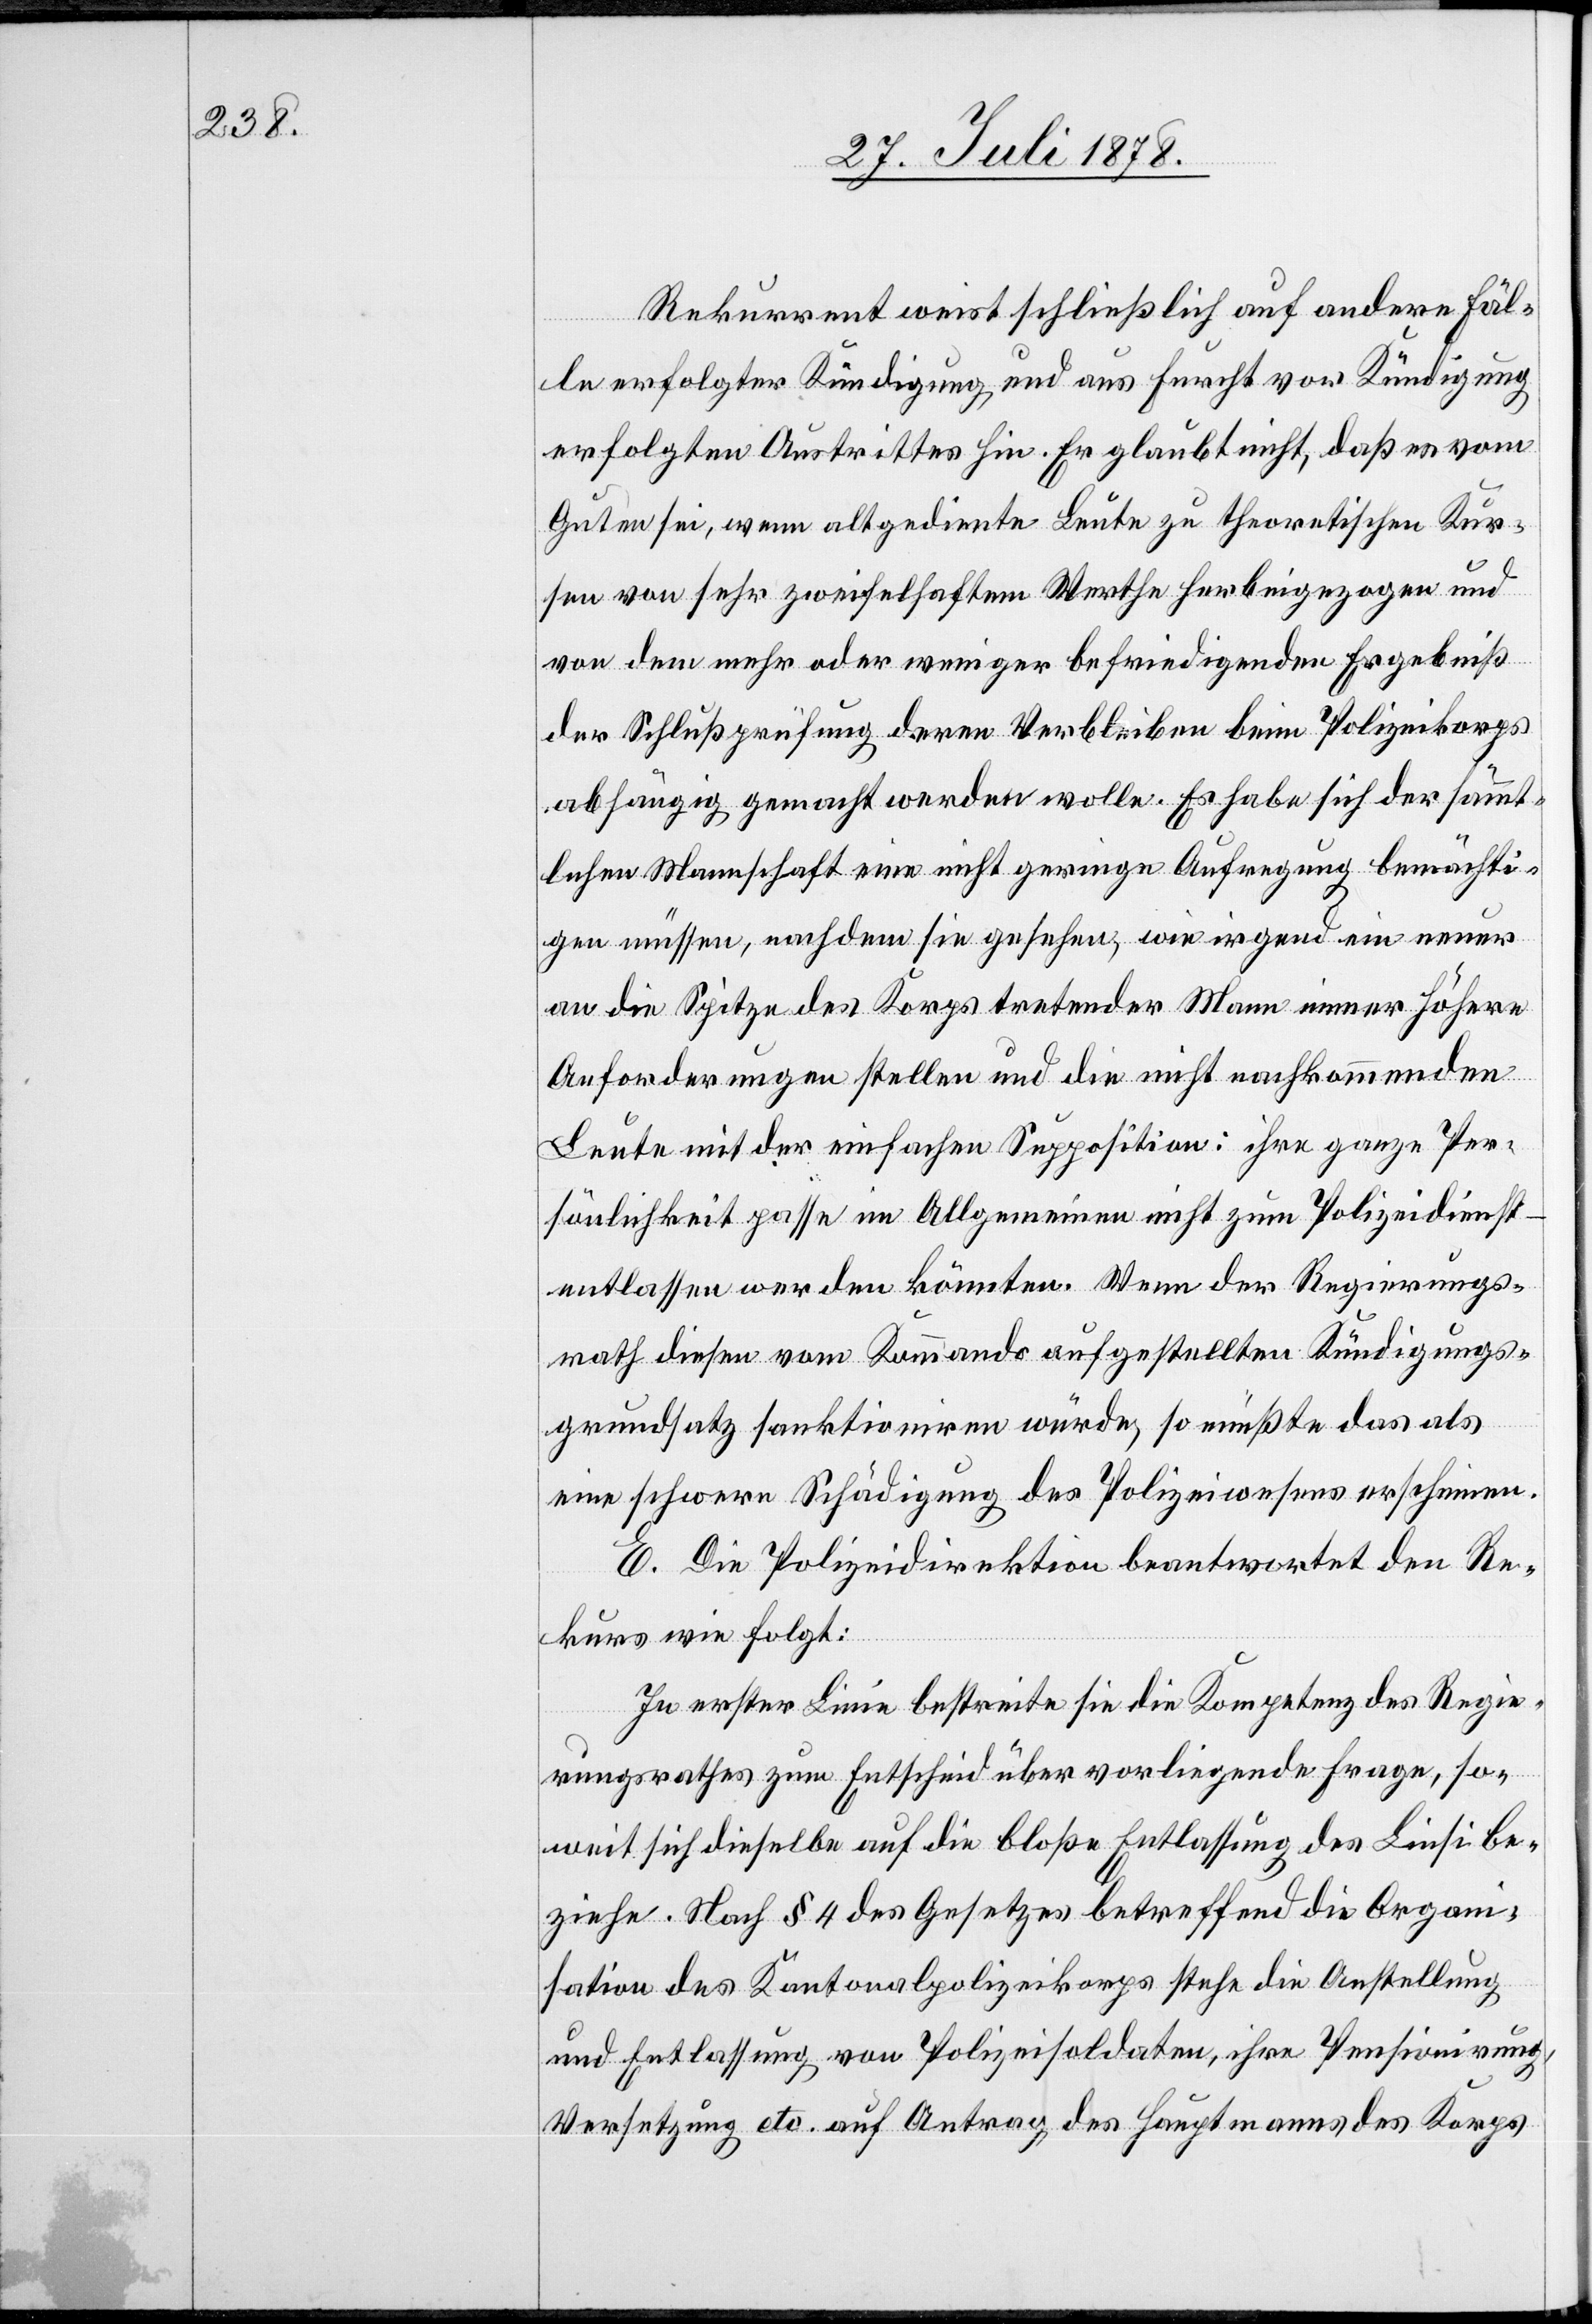
Rekurrent weist schließlich auf andere Fäl¬
le erfolgter Kündigung und aus Furcht vor Kündigung
erfolgten Austrittes hin. Er glaubt nicht, daß es vom
Guten sei, wenn altgediente Leute zu theoretischen Kur¬
sen von sehr zweifelhaften Werthe herbeigezogen und
von dem mehr oder weniger befriedigenden Ergebniß
der Schlußprüfung deren Verbleiben beim Polizeikorps
abhängig gemacht werden wolle. Es habe sich der sämmt¬
lichen Mannschaft eine nicht geringe Aufregung bemächti¬
gen müssen, nachdem sie gesehen, wie irgend ein neuer
an die Spitze des Korps tretender Mann immer höhere
Anforderungen stellen und die nicht nachkommenden
Leute mit der einfachen Supposition: ihre ganze Per¬
sönlichkeit passe im Allgemeinen nicht zum Polizeidienst
entlassen werden könnten. Wenn der Regierungs¬
rath diesen vom Kommando aufgestellten Kündigungs¬
grundsatz sanktioniren würde, so müßte das als
eine schwere Schädigung des Polizeiwesens erscheinen.
E. Die Polizeidirektion beantwortet den Re¬
kurs wie folgt:
In erster Linie bestreite sie die Kompetenz des Regie¬
rungsrathes zum Entscheid über vorliegende Frage, so¬
weit sich dieselbe auf die bloße Entlassung des Liesi be¬
ziehe. Nach § 4 des Gesetzes betreffend die Organ¬
isation des Kantonalpolizeikorps stehe die Anstellung
und Entlassung von Polizeisoldaten, ihre Pensionirung,
Versetzung etc. auf Antrag des Hauptmanns des Korps